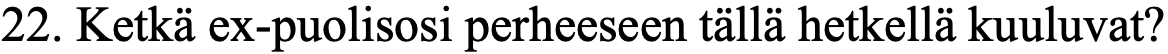
22. Ketkä ex-puolisosi perheeseen tällä hetkellä kuuluvat?